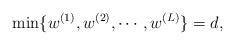
LaTeX: \begin{align*}\min\{w^{(1)},w^{(2)},\cdots,w^{(L)}\}=d,\end{align*}